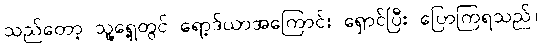
သည်တော့ သူ့ရှေ့တွင် ရော့ဒ်ယာအကြောင်း ရှောင်ပြီး ပြောကြရသည်။